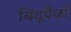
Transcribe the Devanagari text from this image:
बिंदूपैकी